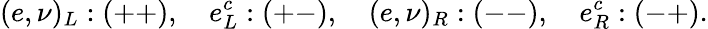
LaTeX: (e,\nu)_{L}:(++),\quad e_{L}^{c}:(+-),\quad(e,\nu)_{R}:(--),\quad e_{R}^{c}:(-+).